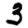
Digit: 3